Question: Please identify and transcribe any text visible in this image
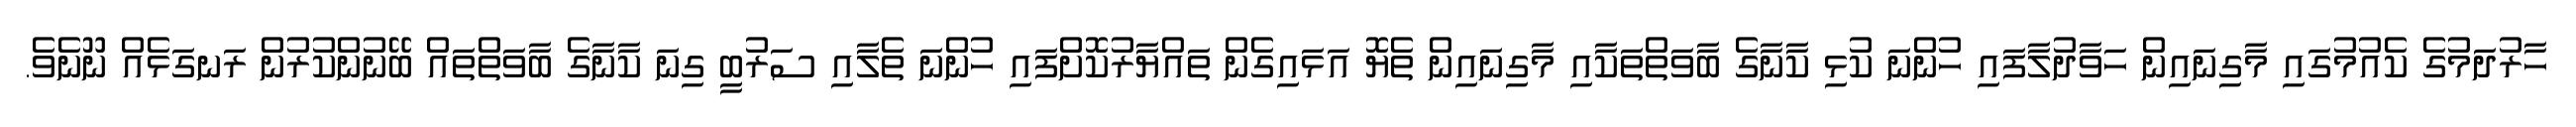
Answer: ހާރުދަމުގެ ކެއުމުގައި މާގިނައިން ހަވާދުލާފައި ހުންނަ ކުޅި ކާނާގެ ބާވަތްތަކާއި މާގިނައިން ތެޔޮ އަޅައިގެން ތައްޔާރުކޮށްފައި ހުންނަ ތެލާއި ސަރުބީ ގިނަ ކާނާގެ ބާވަތްތައް ބޭނުންކުރުން ރަނގަޅެއް ނޫނެވެ.